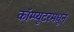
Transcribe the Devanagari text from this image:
कॉम्प्युटरमधून